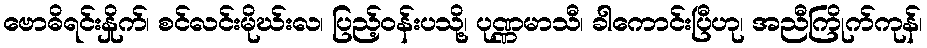
ဗောဓိရင်းနှိုက်၊ စင်လင်းမိုဃ်းလ၊ ပြည့်ဝန်းပသို့၊ ပုဏ္ဏမာသီ၊ ခါကောင်းပြီဟု၊ အညီကြိုက်ကုန်၊